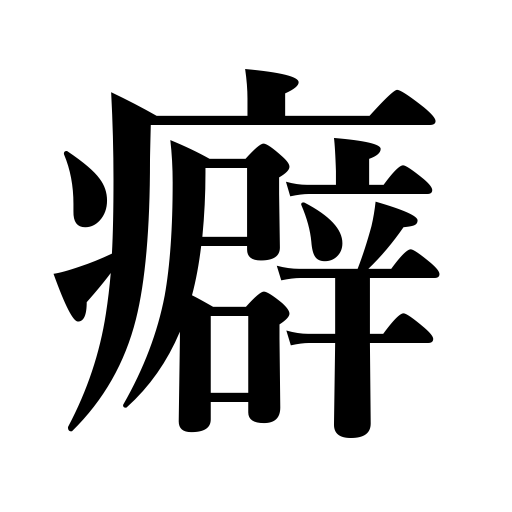
Meanings: trait,mannerism,peculiality,kink,curl,fault,habit,vice